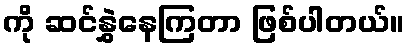
ကို ဆင်နွှဲနေကြတာ ဖြစ်ပါတယ်။